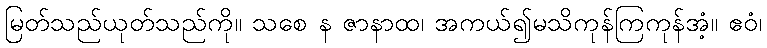
မြတ်သည်ယုတ်သည်ကို။ သစေ န ဇာနာထ၊ အကယ်၍မသိကုန်ကြကုန်အံ့။ ဧဝံ၊